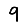
Digit: 9